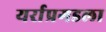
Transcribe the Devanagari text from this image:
यर्राप्रगडला